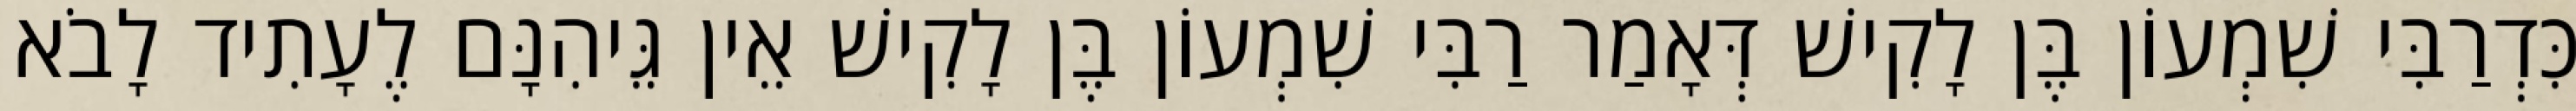
כִּדְרַבִּי שִׁמְעוֹן בֶּן לָקִישׁ דְּאָמַר רַבִּי שִׁמְעוֹן בֶּן לָקִישׁ אֵין גֵּיהִנָּם לֶעָתִיד לָבֹא